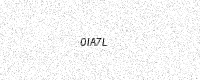
Text: 0IA7L